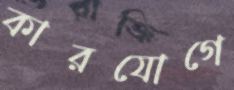
কারযোগে